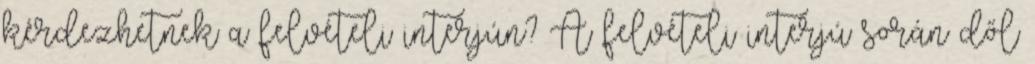
kérdezhetnek a felvételi interjún? A felvételi interjú során dől